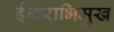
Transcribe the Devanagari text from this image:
ईश्वराभिमुख